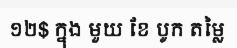
១២$ ក្នុង មួយ ខែ បូក តម្លៃ